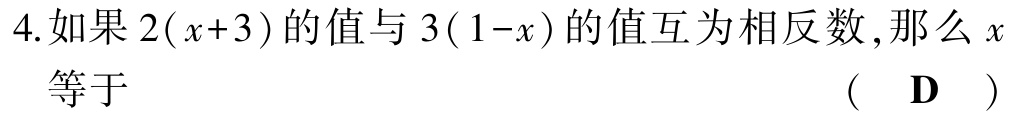
4.如果\(2(x + 3)\)的值与\(3(1 - x)\)的值互为相反数,那么\(x\)等于 （ D ）